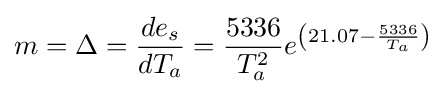
m=\Delta ={\frac {de_{s}}{dT_{a}}}={\frac {5336}{T_{a}^{2}}}e^{\left(21.07-{\frac {5336}{T_{a}}}\right)}